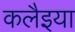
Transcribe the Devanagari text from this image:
कलैइया